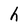
Character: h